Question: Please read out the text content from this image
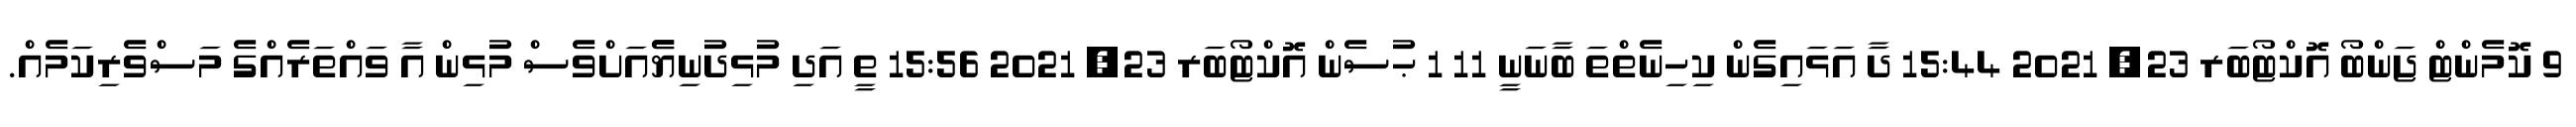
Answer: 9 ކޮމެންޓް ޖަންބޯ އޮކްޓޯބަރ 23, 2021 15:44 ދާ އަޅައިގެން ކިހިނެތްތަ ބާނަނީ 11 1 ޙުސެން އޮކްޓޯބަރ 23, 2021 15:56 ތީ އަދި މުޅިދުނިޔެެއަށްވެސް މުޅިން އާ ވައްތަރެއްގެ މަސްވެރިކަމެއް.